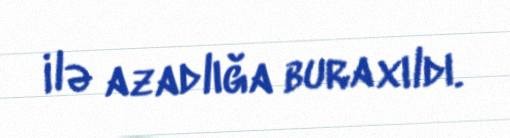
ilə azadlığa buraxıldı.